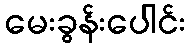
မေးခွန်းပေါင်း